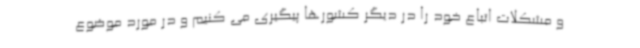
و مشکلات اتباع خود را در دیگر کشورها پیگیری می کنیم و در مورد موضوع